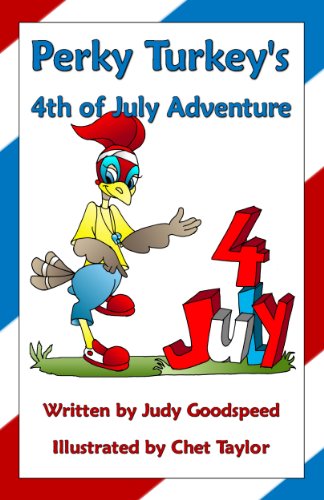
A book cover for Perky Turkey's 4th of July Adventure; Judy Goodspeed; Children's Books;